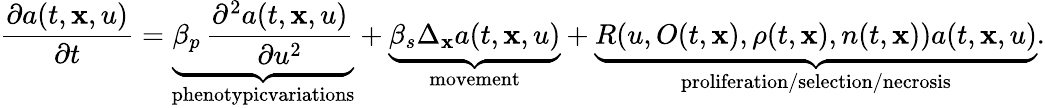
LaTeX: \frac{\partial a(t,\mathbf{x},u)}{\partial t}=\underbrace{\beta_{p}\, \frac{\partial^{2}a(t,\mathbf{x},u)}{\partial u^{2}}}_{\substack{\textup{phenotypicvariations}}}+\underbrace{\beta_{s}\Delta_{\mathbf{x}}a(t,\mathbf{x},u)}_{\textup{movement}}+\underbrace{R(u,O(t,\mathbf{x}),\rho(t,\mathbf{x}),n(t,\mathbf{x}))a(t,\mathbf{x},u)}_{\textup{proliferation/selection/necrosis}}.